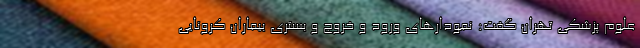
علوم پزشکی تهران گفت: نمودارهای ورود و خروج و بستری بیماران کرونایی